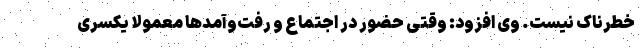
خطرناک نیست. وی افزود: وقتی حضور در اجتماع و رفت‌وآمدها معمولا یکسری